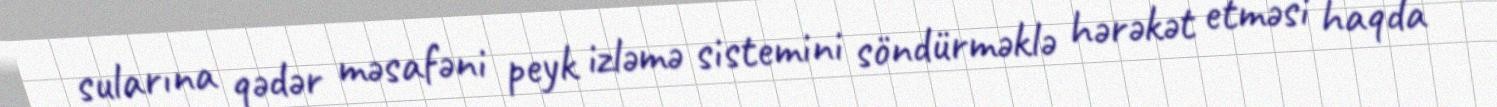
sularına qədər məsafəni peyk izləmə sistemini söndürməklə hərəkət etməsi haqda